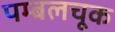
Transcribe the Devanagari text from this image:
पम्बलचूक